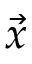
\vec { x }